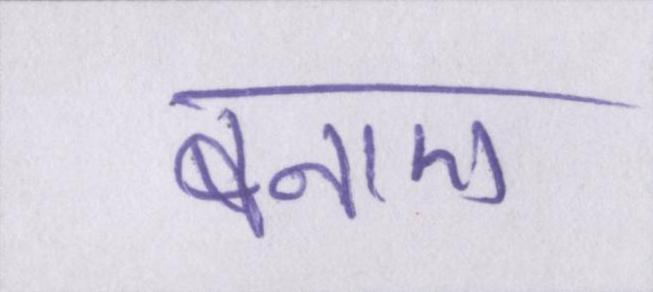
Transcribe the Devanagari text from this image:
बनाए